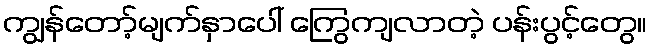
ကျွန်တော့်မျက်နှာပေါ် ကြွေကျလာတဲ့ ပန်းပွင့်တွေ။